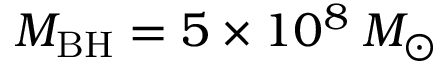
M _ { \mathrm { B H } } = 5 \times 1 0 ^ { 8 } \: M _ { \odot }